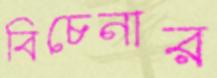
বিচেনার